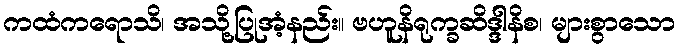
ကထံကရောသိ၊ အသို့ပြုအံ့နည်း။ ဗဟူနိရုက္ခဆိဒ္ဒါနိစ၊ များစွာသော